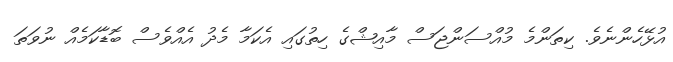
އުޅޭހެންނެވެ. ކިތަންމެ މުއްސަންޖަސް މާއިޝްގެ ހިތުގައި އެކަމާ މެދު އެއްވެސް ބޮޑާކަމެއް ނުވަތަ